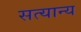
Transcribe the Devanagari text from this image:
सत्यान्य